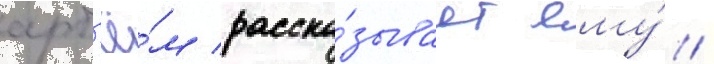
арт'ё́м расска́зывает ему́ /